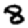
Digit: 8